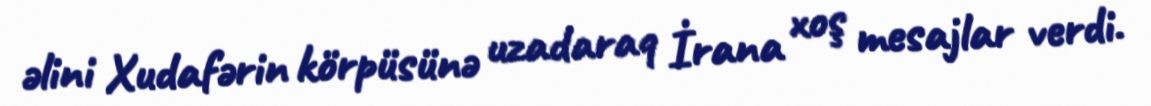
əlini Xudafərin körpüsünə uzadaraq İrana xoş mesajlar verdi.